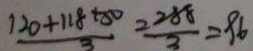
\frac { 1 2 0 + 1 1 8 + 8 0 } { 3 } = \frac { 2 8 8 } { 3 } = 9 6